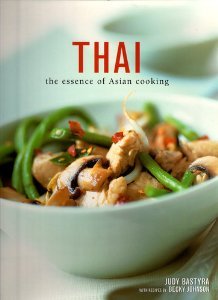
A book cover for Thai The Essence of Asian Cooking; Judy Bastyra; Cookbooks, Food & Wine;